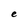
Character: e